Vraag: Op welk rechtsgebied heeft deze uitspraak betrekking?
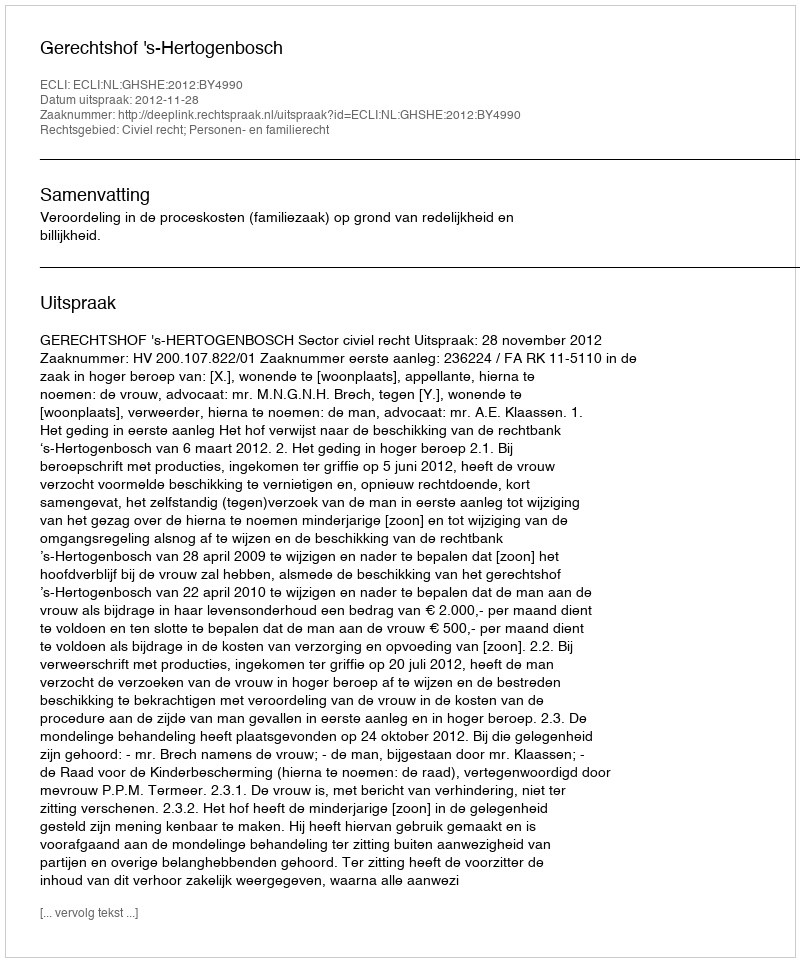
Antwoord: Civiel recht; Personen- en familierecht